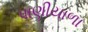
પાણીયાળા